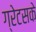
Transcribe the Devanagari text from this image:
ग्रेटसके